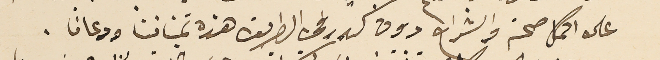
على اكمل صحة وانشراح دون كدر في الطريق هذه تمنياتنا ودعانا.